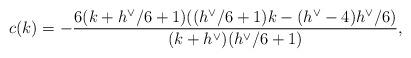
LaTeX: \begin{align*}c(k)= -\frac{6(k+h^{\vee}/6+1)((h^{\vee}/6+1)k- (h^{\vee}-4)h^{\vee}/6)}{(k+h^{\vee})(h^{\vee}/6+1) },\end{align*}